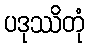
ပဒုဿိတုံ